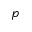
p